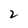
Character: 2